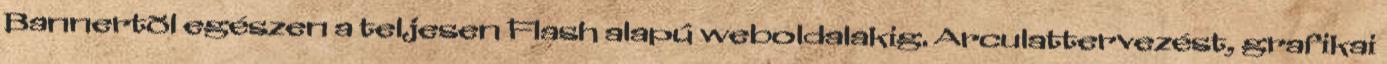
Bannertõl egészen a teljesen Flash alapú weboldalakig. Arculattervezést, grafikai